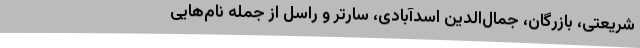
شریعتی، بازرگان، جمال‌الدین اسدآبادی، سارتر و راسل از جمله نام‌هایی